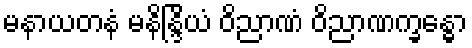
မနာယတနံ မနိန္ဒြိယံ ဝိညာဏံ ဝိညာဏက္ခန္ဓော